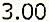
3.00